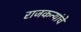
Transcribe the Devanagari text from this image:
राजकन्यांचे